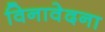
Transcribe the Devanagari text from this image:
विनावेदना